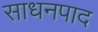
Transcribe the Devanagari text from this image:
साधनपाद